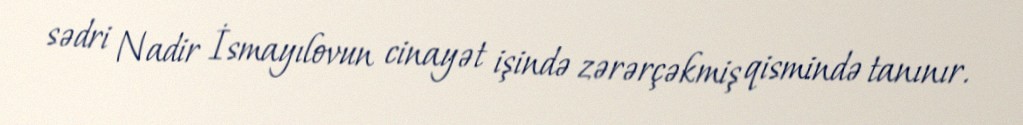
sədri Nadir İsmayılovun cinayət işində zərərçəkmiş qismində tanınır.